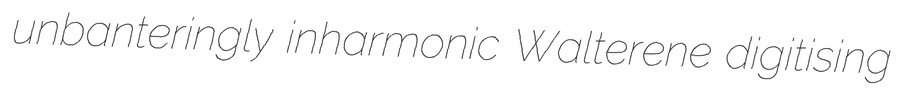
unbanteringly inharmonic Walterene digitising